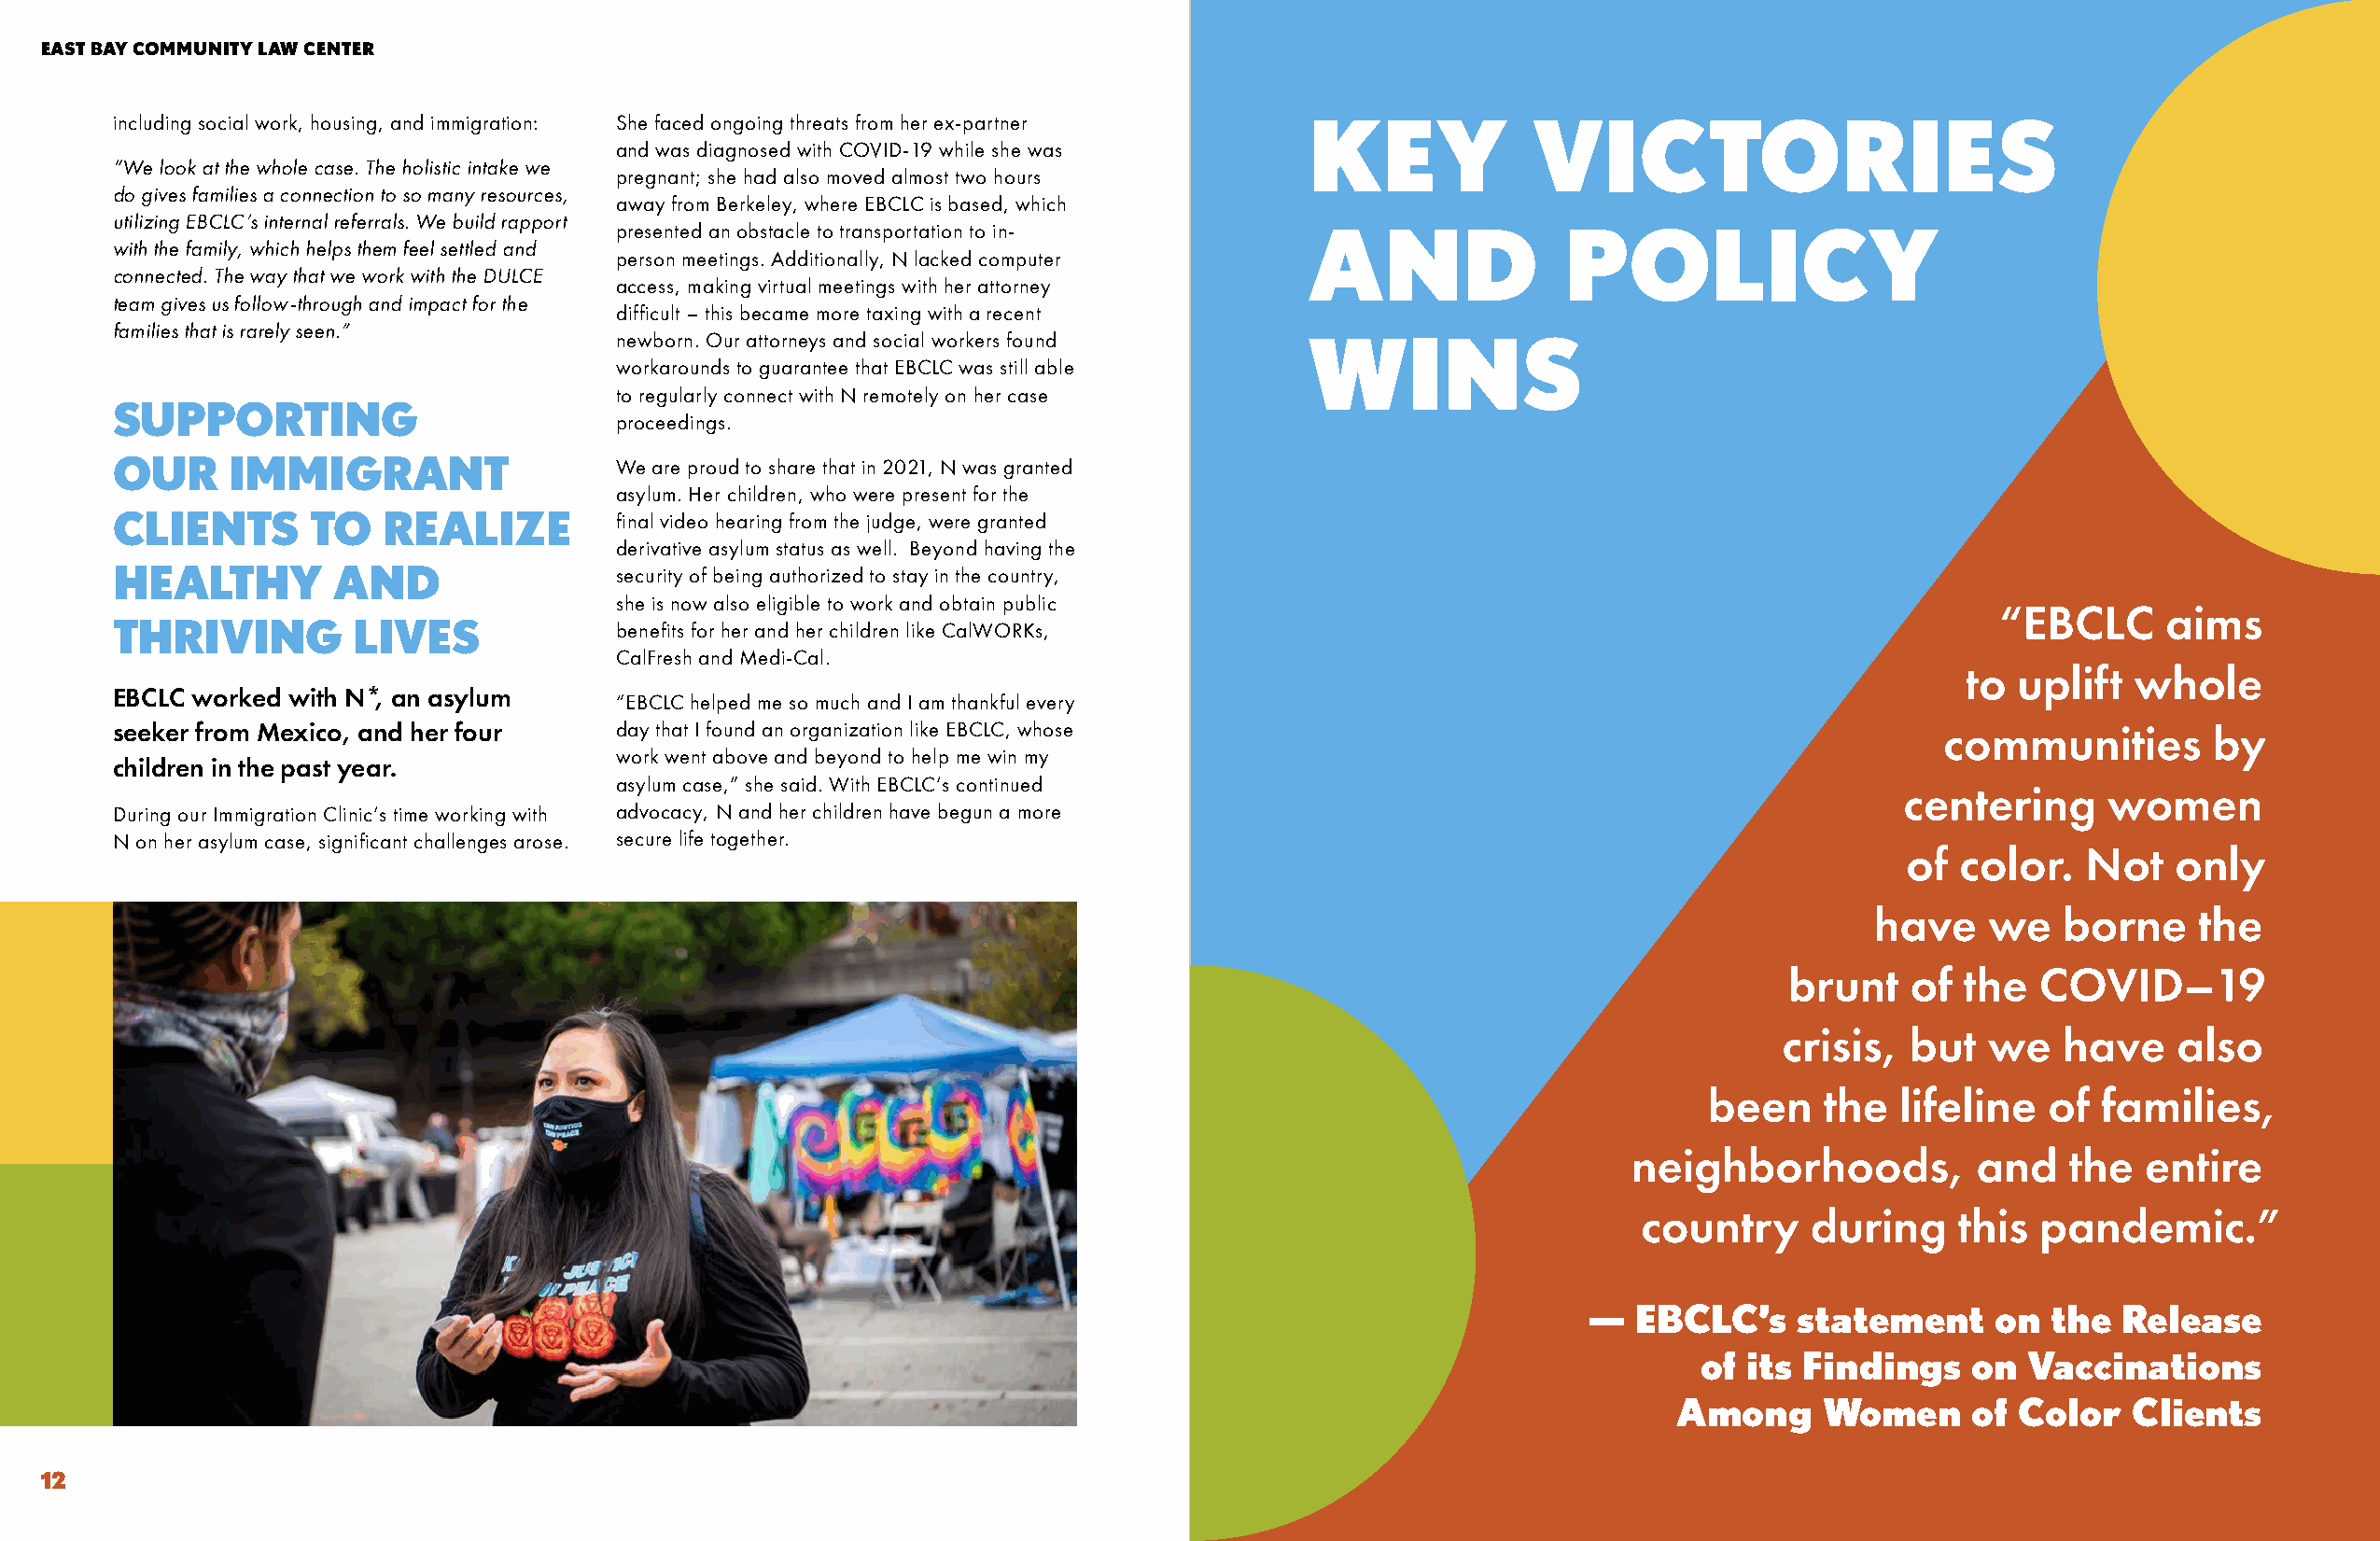
EAST BAY COMMUNITY LAW CENTER                                                                                                                     ANNUAL REPORT FY20-21
 including social work, housing, and immigration: She faced ongoing threats from her ex-partner KEY   VICTORIES
 and was diagnosed with COVID-19 while she was
 “We look at the whole case. The holistic intake we
 pregnant; she had also moved almost two hours
 do gives families a connection to so many resources,
 away from Berkeley, where EBCLC is based, which
 utilizing EBCLC’s internal referrals. We build rapport
 presented an obstacle to transportation to in-   AND               POLICY
 with the family, which helps them feel settled and
 person meetings. Additionally, N lacked computer
 connected. The way that we work with the DULCE
 access, making virtual meetings with her attorney
 team gives us follow-through and impact for the
 difficult – this became more taxing with a recent
 families that is rarely seen.”
 newborn. Our attorneys and social workers found  WINS
 workarounds to guarantee that EBCLC was still able
 to regularly connect with N remotely on her case
 SUPPORTING
 proceedings.
 OUR     IMMIGRANT                   We are proud to share that in 2021, N was granted
 asylum. Her children, who were present for the
 CLIENTS       TO   REALIZE          final video hearing from the judge, were granted
 derivative asylum status as well. Beyond having the
 HEALTHY         AND                 security of being authorized to stay in the country,
 she is now also eligible to work and obtain public
 “EBCLC      aims
 THRIVING         LIVES              benefits for her and her children like CalWORKs,
 CalFresh and Medi-Cal.
 to  uplift  whole
 EBCLC worked with N*, an asylum
 “EBCLC helped me so much and I am thankful every
 seeker from Mexico, and her four    day that I found an organization like EBCLC, whose                                            communities        by
 work went above and beyond to help me win my
 children in the past year.
 asylum case,” she said. With EBCLC’s continued
 centering     women
 During our Immigration Clinic’s time working with advocacy, N and her children have begun a more
 N on her asylum case, significant challenges arose. secure life together.
 of  color.   Not   only
 have    we   borne     the
 brunt   of  the   COVID–19
 crisis,  but   we   have    also
 been    the   lifeline  of  families,
 neighborhoods,          and    the  entire
 country     during     this  pandemic.”
 —  EBCLC’s    statement      on  the  Release
 of its Findings    on  Vaccinations
 Among     Women      of Color   Clients
 12                                                                                                                                                               13